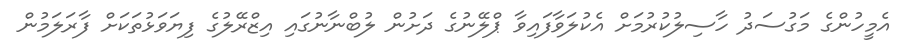
އެމީހުންގެ މަގުސަދު ހާސިލުކުރުމަށް އެކުލަވާފައިވާ ޕްލޭނުގެ ދަށުން ލުބްނާނުގައި އިޒްރޭލުގެ ފިޔަވަޅުތަކަށް ފާރަލަމުން